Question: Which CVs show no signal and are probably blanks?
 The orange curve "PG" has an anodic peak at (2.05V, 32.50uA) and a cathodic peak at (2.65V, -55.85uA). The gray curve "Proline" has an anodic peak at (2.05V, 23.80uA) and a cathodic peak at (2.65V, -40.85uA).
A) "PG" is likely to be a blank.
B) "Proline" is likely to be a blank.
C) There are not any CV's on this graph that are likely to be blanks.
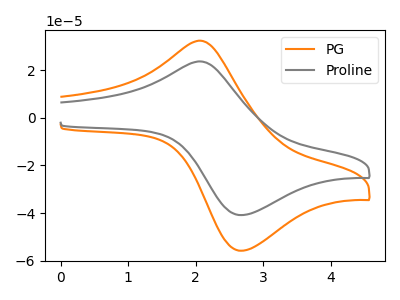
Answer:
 <answer>C) There are not any CV's on this graph that are likely to be blanks.</answer>
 <eval>C</eval>